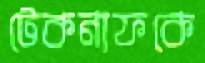
টেকনাফকে